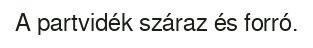
A partvidék száraz és forró.